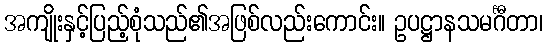
အကျိုးနှင့်ပြည့်စုံသည်၏အဖြစ်လည်းကောင်း။ ဥပဋ္ဌာနသမင်္ဂီတာ၊